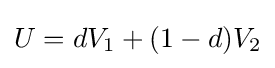
U=dV_{1}+(1-d)V_{2}